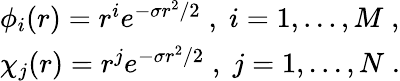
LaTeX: \begin{array}{l}{{\phi_{i}(r)=r^{i}e^{-\sigma r^{2}/2}\; ,\; i=1,...,M\; ,}}\\ {{\chi_{j}(r)=r^{j}e^{-\sigma r^{2}/2}\; ,\; j=1,...,N\; .}}\end{array}